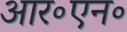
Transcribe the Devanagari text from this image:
आर॰एन॰